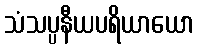
သံသပ္ပနီယပရိယာယော